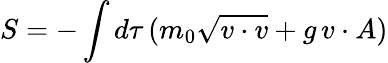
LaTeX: S=-\int d\tau\, (m_{0}\sqrt{v\cdot v}+g\, v\cdot A)